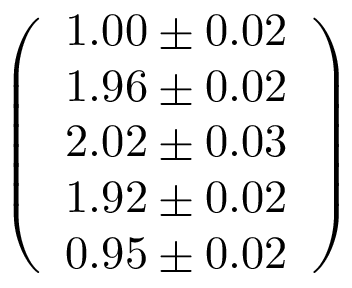
\left( \begin{array} { l } { 1 . 0 0 \pm 0 . 0 2 } \\ { 1 . 9 6 \pm 0 . 0 2 } \\ { 2 . 0 2 \pm 0 . 0 3 } \\ { 1 . 9 2 \pm 0 . 0 2 } \\ { 0 . 9 5 \pm 0 . 0 2 } \end{array} \right)